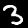
Label: 3